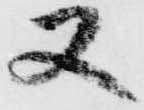
又